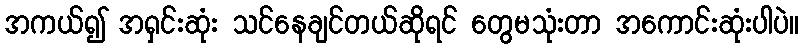
အကယ်၍ အရှင်းဆုံး သင်နေချင်တယ်ဆိုရင် တွေမသုံးတာ အကောင်းဆုံးပါပဲ။